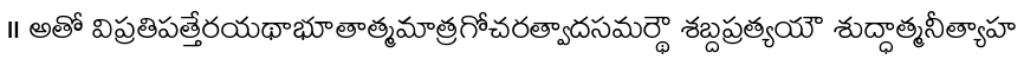
॥ అతో విప్రతిపత్తేరయథాభూతాత్మమాత్రగోచరత్వాదసమర్థౌ శబ్దప్రత్యయౌ శుద్ధాత్మనీత్యాహ